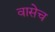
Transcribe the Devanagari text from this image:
वासेच